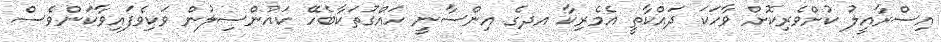
އިސްރާއީލު ކުށްވެރިކޮށް ވާހަކަ ދައްކާތީ އެމެރިކާ އދގެ އިންސާނީ ހައްގުތަކާބެހޭ ކައުންސިލުން ވަކިވެފައިވާކަންވެސް